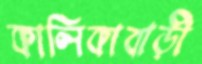
কালিকাবাড়ী